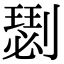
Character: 𠟦